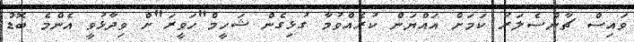
ވައިސް ޗާންސެލަރު ކަމަށް އައްޔަން ކުރެއްވުމާ ގުޅިގެން ޝަހީމް"ހަވީރަ"ށް ވިދާޅުވީ އެންމެ ބޮޑު